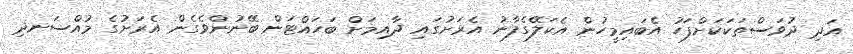
އަދި ދުވަސްތަކަކަށްފަހު އެބައިމީހުން އެކަލޭގެފާނު އެރަށުގައި ދާއިމަށް ބަހައްޓަން ބޭނުންވެގެން އެރަށުގެ މުއްސަނދި